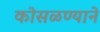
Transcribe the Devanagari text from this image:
कोसळण्याने